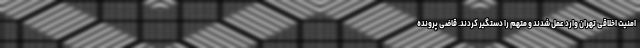
امنیت اخلاقی تهران وارد عمل شدند و متهم را دستگیر کردند. قاضی پرونده